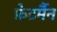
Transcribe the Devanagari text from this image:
फ़ेटर्मैन